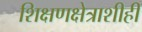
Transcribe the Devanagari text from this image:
शिक्षणक्षेत्राशीही